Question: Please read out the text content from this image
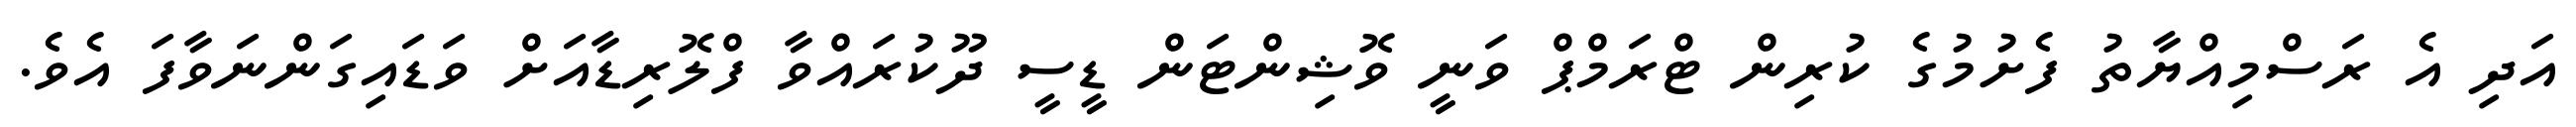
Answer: އަދި އެ ރަސްމިއްޔާތު ފެށުމުގެ ކުރިން ޓްރަމްޕް ވަނީ ވޮޝިންޓަން ޑީސީ ދޫކުރައްވާ ފްލޮރިޑާއަށް ވަޑައިގަންނަވާފަ އެވެ.